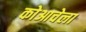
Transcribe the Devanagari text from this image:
कोआचेला